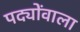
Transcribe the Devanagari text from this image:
पद्योंवाला